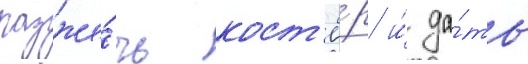
разже́чь кост'ё́р и́ да́ть